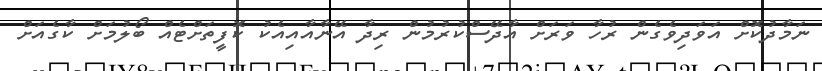
ނަމާދުކޮށް އަވަދިވެގެން ރުހާ ވަރަށް އާދޭސްކުރުމުން ރިދާ އޭނާއާއިއެކު ކޮފީތަށްޓެއް ބޯލުމަށް ކާގެއަށް